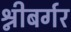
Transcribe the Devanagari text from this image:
श्नीबर्गर